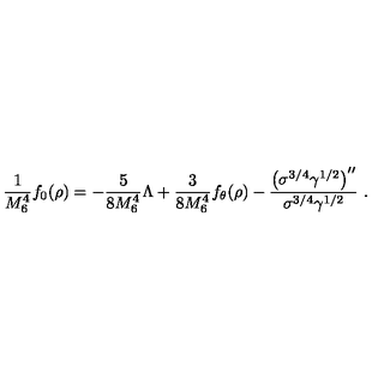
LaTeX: \frac { 1 } { M _ { 6 } ^ { 4 } } f _ { 0 } ( \rho ) = - \frac { 5 } { 8 M _ { 6 } ^ { 4 } } { \Lambda } + \frac { 3 } { 8 M _ { 6 } ^ { 4 } } f _ { \theta } ( \rho ) - \frac { { \left( \sigma ^ { 3 / 4 } \gamma ^ { 1 / 2 } \right) } ^ { \prime \prime } } { \sigma ^ { 3 / 4 } \gamma ^ { 1 / 2 } } \ .